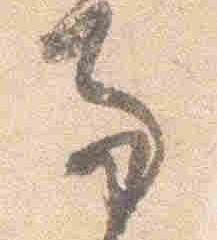
両